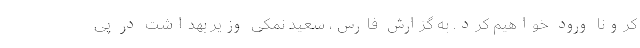
کرونا ورود خواهیم کرد. به گزارش فارس، سعید نمکی وزیر بهداشت در پی